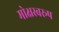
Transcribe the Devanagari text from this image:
मोक्षस्वरूप